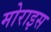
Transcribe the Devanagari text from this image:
मोराइस